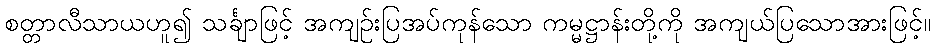
စတ္တာလီသာယဟူ၍ သင်္ချာဖြင့် အကျဉ်းပြအပ်ကုန်သော ကမ္မဋ္ဌာန်းတို့ကို အကျယ်ပြသောအားဖြင့်။